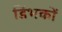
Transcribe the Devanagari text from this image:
डिंभकों